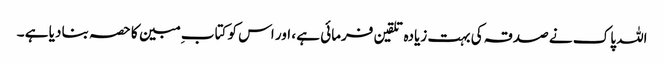
اللہ پاک نے صدقہ کی بہت زیادہ تلقین فرمائی ہے ، اور اس کو کتاب ِ مبین کا حصہ بنا دیا ہے ۔